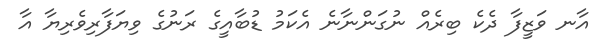
އާނ ވަޒީފާ ދެކެ ބިރެއް ނުގަންނާނެ އެކަމު ޑުބާއީގެ ރަނުގެ ވިޔަފާރިވެރިޔާ އާ